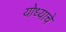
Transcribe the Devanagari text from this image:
योध्याचे